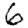
Digit: 6